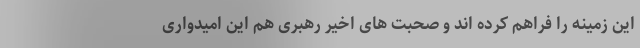
این زمینه را فراهم کرده اند و صحبت های اخیر رهبری هم این امیدواری